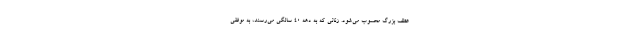
عطف بزرگ محسوب می‌شود. زنانی که به دهه ۴۰ سالگی می‌رسند، به موفقی